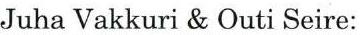
Juha Vakkuri & Outi Seire: